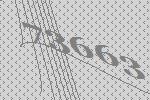
73663